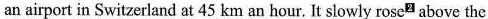
an airport in Switzerland at 45 km an hour. It slowly rose above the